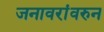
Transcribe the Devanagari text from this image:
जनावरांवरुन